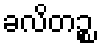
ခလိတဉ္စ